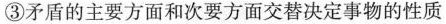
③矛盾的主要方面和次要方面交替决定事物的性质